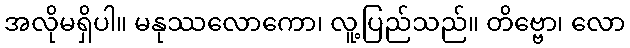
အလိုမရှိပါ။ မနုဿလောကော၊ လူ့ပြည်သည်။ တိဗ္ဗော၊ လော